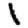
Digit: 1